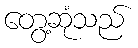
တွေ့ဆုံသည်